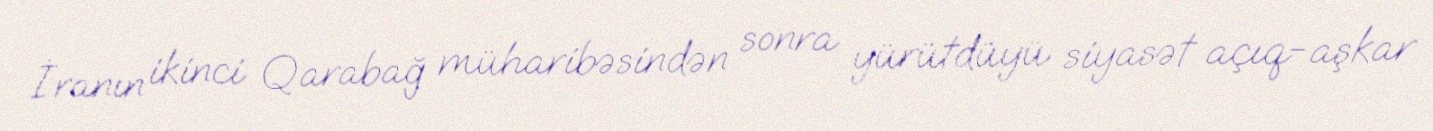
İranın ikinci Qarabağ müharibəsindən sonra yürütdüyü siyasət açıq-aşkar